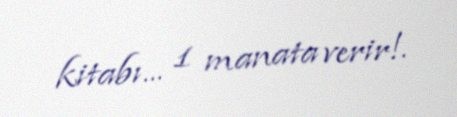
kitabı... 1 manata verir!.